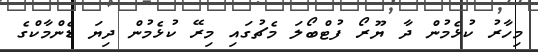
މިހާރު ކުޅެމުން ދާ ޔޫރޯ ފުޓްބޯލަ މެޗުގައި މިރޭ ކުޅެމުން ދިޔަ ޑެންމާކްގެ